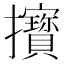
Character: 𢺔